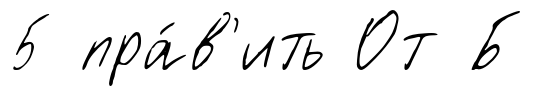
5 пра́в'ить От Б